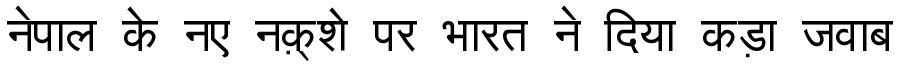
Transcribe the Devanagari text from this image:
नेपाल के नए नक़्शे पर भारत ने दिया कड़ा जवाब